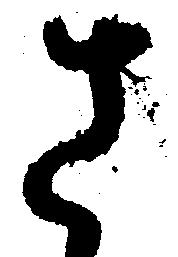
さ